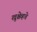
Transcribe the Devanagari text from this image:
ख्रुश्चेव्हचे